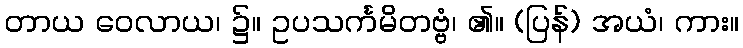
တာယ ဝေလာယ၊ ၌။ ဥပသင်္ကမိတဗ္ဗံ၊ ၏။ (ပြန်) အယံ၊ ကား။